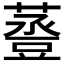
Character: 𧯷